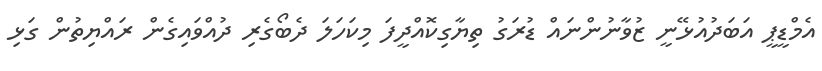
އެމްޑީޕީ އަބަދުއުޅޭނީ ޒުވާނުންނައް ޑުރަގު ތިޔާގިކޮއްދީފަ މިކަހަލަ ދެބޯގެރި ދުއްވައިގެން ރައްޔިތުން ގަޅި